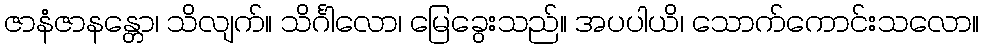
ဇာနံဇာနန္တော၊ သိလျက်။ သိင်္ဂါလော၊ မြေခွေးသည်။ အပပါယိ၊ သောက်ကောင်းသလော။